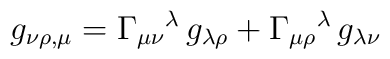
g_{\nu \rho ,\mu }=\Gamma _{\mu \nu }{}^{\lambda }\, g_{\lambda \rho }+\Gamma _{\mu \rho }{}^{\lambda }\, g_{\lambda \nu }